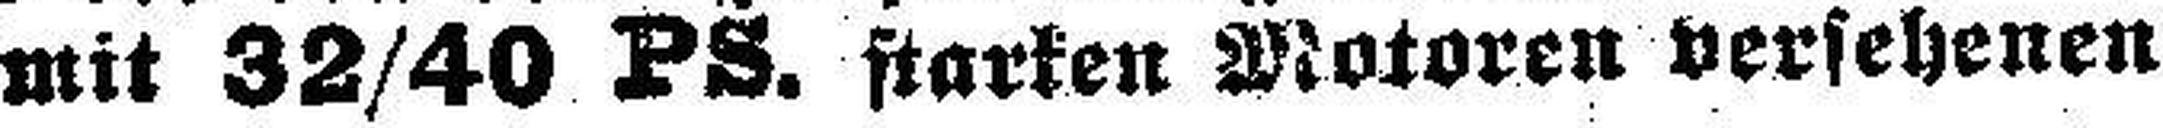
mit S2/40 PS. starken Motoren versehenen